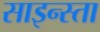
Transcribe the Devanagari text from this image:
साइन्स्ता